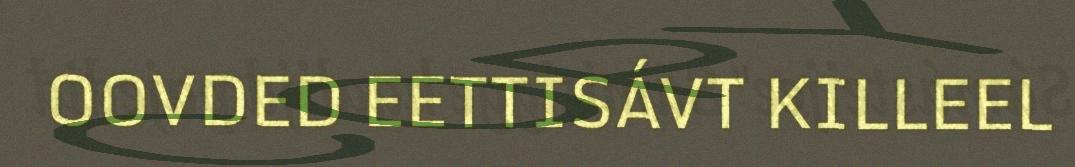
OOVDED EETTISÁVT KILLEEL